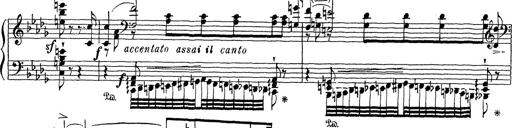
Title: Grosses Konzertsolo
Composer: Franz Liszt